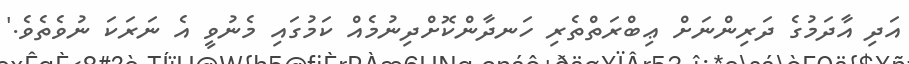
އަދި އާދަމުގެ ދަރިންނަށް ޢިބްރަތްތެރި ހަނދާންކޮށްދިނުމެއް ކަމުގައި މެނުވީ އެ ނަރަކަ ނުވެތެވެ.'